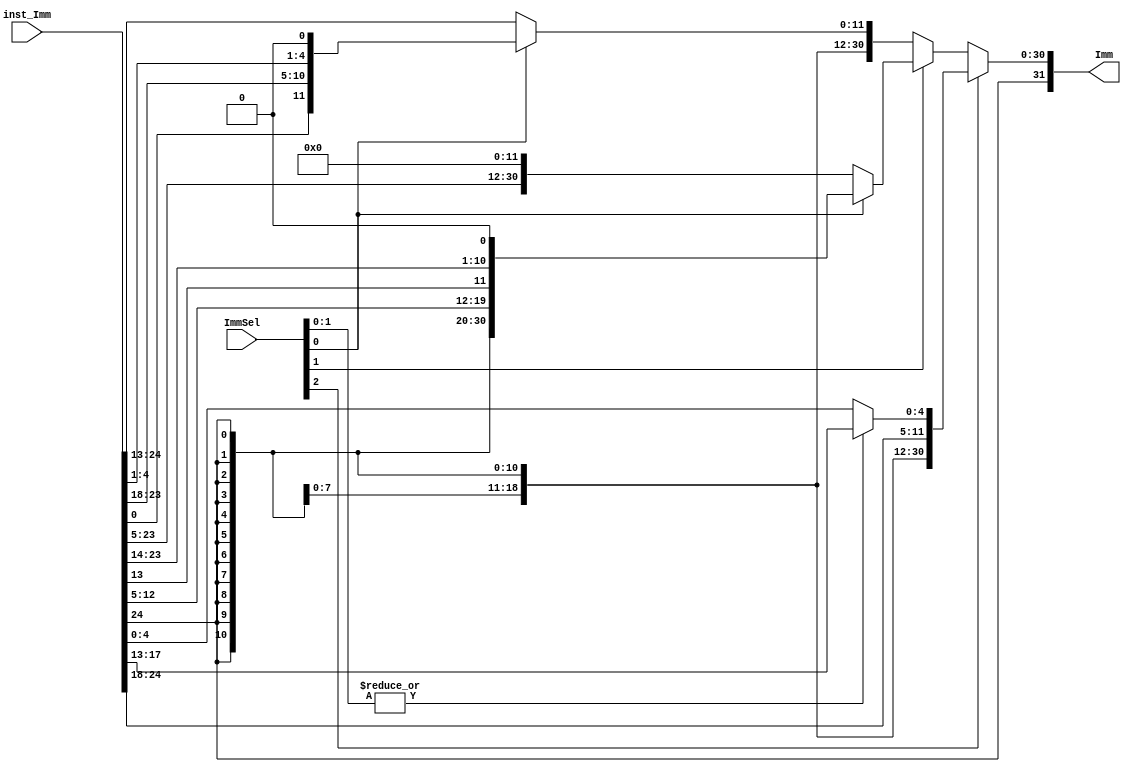
module ImmGen(
    output [31:0] Imm,
    input  [24:0] inst_Imm,
    input  [2:0]  ImmSel
);

wire [31:0] I, B, U, J, S;  // type of Immediate 0~4
// 000, 001, 010, 011, 100
wire [31:0] IB, JU, IS, IBJU;

assign I = {{20{inst_Imm[24]}}, inst_Imm[24 -: 12]};
assign U = {inst_Imm[24 -: 20], 12'b0};
assign B = {{19{inst_Imm[24]}}, inst_Imm[24], inst_Imm[0], inst_Imm[23 -: 6], inst_Imm[1 +: 4], 1'b0};
assign J = {{12{inst_Imm[24]}}, inst_Imm[24], inst_Imm[12:5], inst_Imm[13], inst_Imm[23:14], 1'b0};
assign S = {{20{inst_Imm[24]}}, inst_Imm[24:18], inst_Imm[4:0]};

assign IB = ImmSel[0] ? B : I;
assign JU = ImmSel[0] ? J : U;
assign IS = (|ImmSel[1:0]) ? I : S;
assign IBJU = ImmSel[1] ? JU : IB;
assign Imm = ImmSel[2] ? IS : IBJU;

endmodule